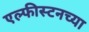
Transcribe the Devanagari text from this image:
एल्फीस्टनच्या